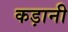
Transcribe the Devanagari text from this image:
कड़ानी